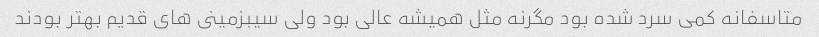
متاسفانه کمى سرد شده بود مگرنه مثل همیشه عالى بود ولى سیبزمینى هاى قدیم بهتر بودند